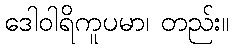
ဒေါဝါရိကူပမာ၊ တည်း။